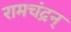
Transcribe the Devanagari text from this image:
रामचंद्रन्‌